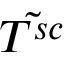
\tilde { T ^ { s c } }